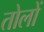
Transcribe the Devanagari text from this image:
तोलों